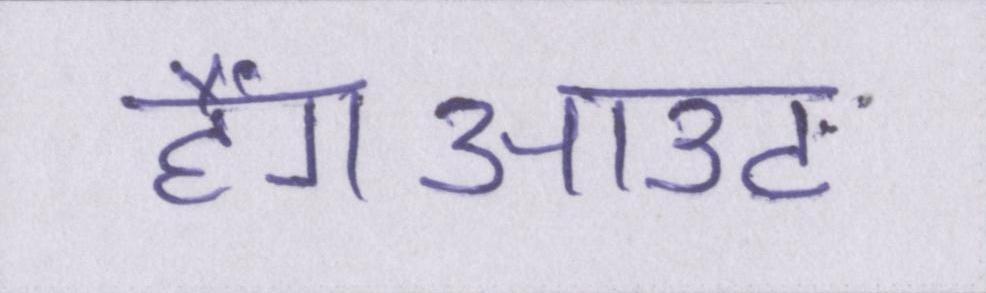
हैंगआउट